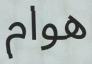
ھوام